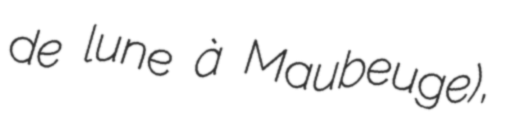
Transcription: de lune à Maubeuge),